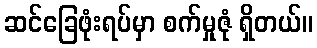
ဆင်ခြေဖုံးရပ်မှာ စက်မှုဇုံ ရှိတယ်။